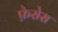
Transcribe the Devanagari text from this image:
फ़ेरोस